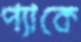
প্যাকে